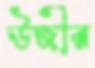
উজীর